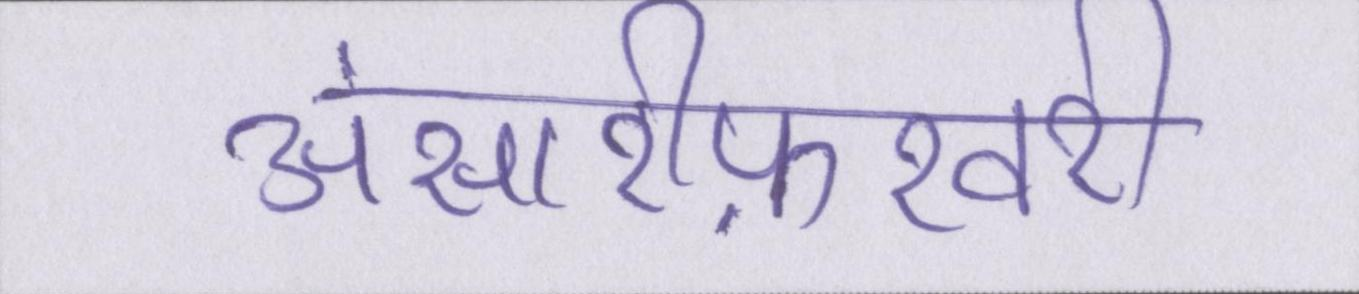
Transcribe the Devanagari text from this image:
अंसारीफ़रवरी